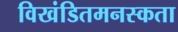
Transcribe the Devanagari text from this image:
विखंडितमनस्कता